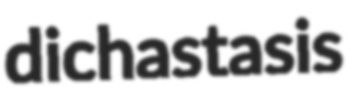
dichastasis